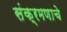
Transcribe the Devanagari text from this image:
संक्रमणाचे